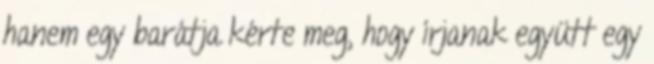
hanem egy barátja kérte meg, hogy írjanak együtt egy